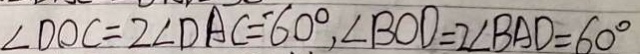
\angle D O C = 2 \angle D A C = ^ { \prime } 6 0 ^ { \circ } , \angle B O D = 2 \angle B A D = 6 0 ^ { \circ }